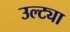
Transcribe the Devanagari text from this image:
उल्ट्या